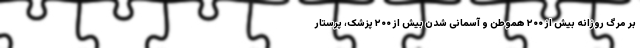
بر مرگ روزانه بیش از ۲۰۰ هموطن و آسمانی شدن بیش از ۲۰۰ پزشک، پرستار